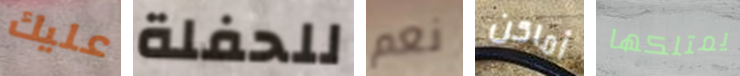
عليك للحفلة نعم أماكن يمتلكها